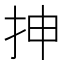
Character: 抻